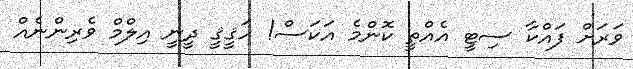
ވަރަށް ފައްކާ ސިޓީ އެއްތީ ކޮންމެ އަކަސް! ހަޤީޤީ ދީނީ އިލްމް ވެރިންނެއް